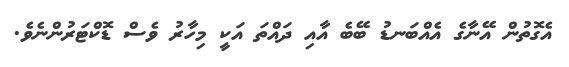
އެގޮތުން އޭނާގެ އެއްބަނޑު ބޭބެ އާއި ދައްތަ އަކީ މިހާރު ވެސް ޑޮކްޓަރުންނެވެ.